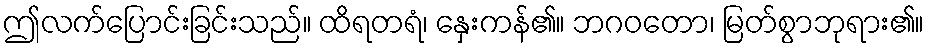
ဤလက်ပြောင်းခြင်းသည်။ ထိရတရံ၊ နှေးကန်၏။ ဘဂဝတော၊ မြတ်စွာဘုရား၏။